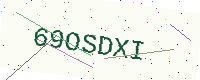
Text: 69OSDXI